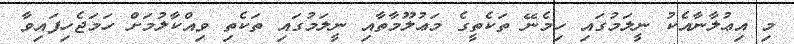
މި އިޢުލާނާއެކު ނީލަމުގައި ހިމެނޭ ތަކެތީގެ މަޢުލޫމާތާއި ނީލަމުގައި ތަކެތި ވިއްކާލުމަށް ހަމަޖެހިފައިވާ